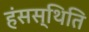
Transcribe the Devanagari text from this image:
हंसस्थिति